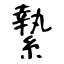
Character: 縶